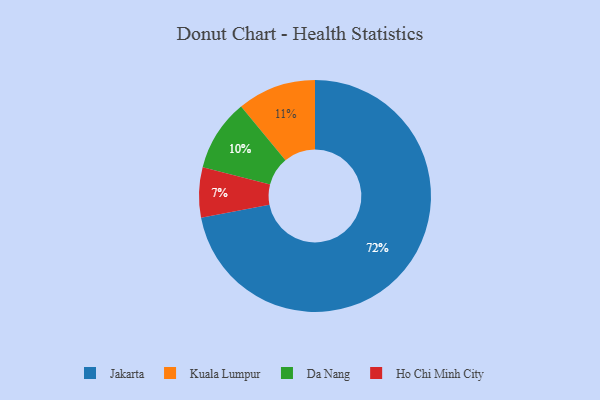
{"axis": {"x": "Category", "y": "Percentage"}, "legend": ["Da Nang", "Ho Chi Minh City", "Jakarta", "Kuala Lumpur"], "data": [{"x": "Kuala Lumpur", "y": 11, "type": "Kuala Lumpur"}, {"x": "Jakarta", "y": 72, "type": "Jakarta"}, {"x": "Ho Chi Minh City", "y": 7, "type": "Ho Chi Minh City"}, {"x": "Da Nang", "y": 10, "type": "Da Nang"}]}